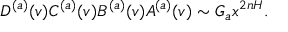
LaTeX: D ^ { ( a ) } ( v ) C ^ { ( a ) } ( v ) B ^ { ( a ) } ( v ) A ^ { ( a ) } ( v ) \sim G _ { a } x ^ { 2 n H } .